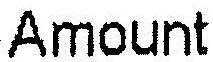
AMOUNT